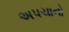
અપચાનો